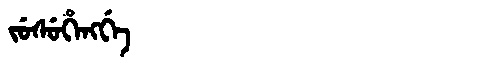
Manchu: ᠵᡠᠰᡠᡥᡝᠩᡤᡝ
Romanization: JUSUHENGGE